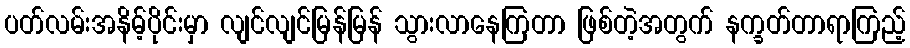
ပတ်လမ်းအနိမ့်ပိုင်းမှာ လျင်လျင်မြန်မြန် သွားလာနေကြတာ ဖြစ်တဲ့အတွက် နက္ခတ်တာရာကြည့်